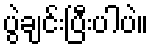
ပွဲချင်းပြီးပါပဲ။